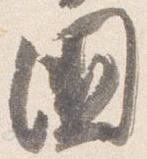
国